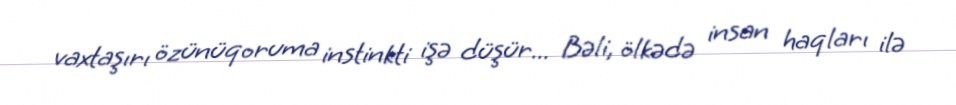
vaxtaşırı özünüqoruma instinkti işə düşür... Bəli, ölkədə insan haqları ilə